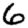
Digit: 6